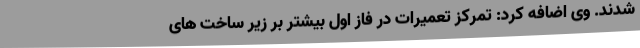
شدند. وی اضافه کرد: تمرکز تعمیرات در فاز اول بیشتر بر زیر ساخت های